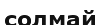
солмай